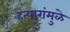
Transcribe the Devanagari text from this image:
हत्यारांमुळे